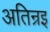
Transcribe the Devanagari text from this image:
अतिन्रइ